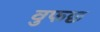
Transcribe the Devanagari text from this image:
वुफछ